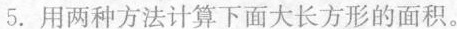
5.用两种方法计算下面大长方形的面积。